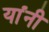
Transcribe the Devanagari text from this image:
यांंनी